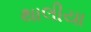
થાલીયા